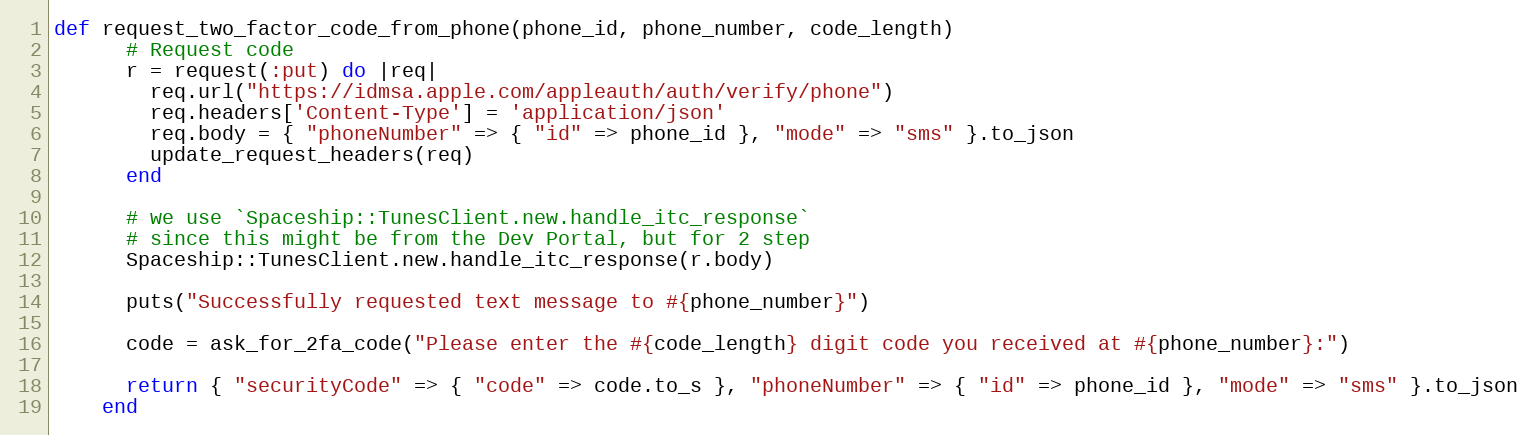
Language: Ruby
def request_two_factor_code_from_phone(phone_id, phone_number, code_length)
      # Request code
      r = request(:put) do |req|
        req.url("https://idmsa.apple.com/appleauth/auth/verify/phone")
        req.headers['Content-Type'] = 'application/json'
        req.body = { "phoneNumber" => { "id" => phone_id }, "mode" => "sms" }.to_json
        update_request_headers(req)
      end

      # we use `Spaceship::TunesClient.new.handle_itc_response`
      # since this might be from the Dev Portal, but for 2 step
      Spaceship::TunesClient.new.handle_itc_response(r.body)

      puts("Successfully requested text message to #{phone_number}")

      code = ask_for_2fa_code("Please enter the #{code_length} digit code you received at #{phone_number}:")

      return { "securityCode" => { "code" => code.to_s }, "phoneNumber" => { "id" => phone_id }, "mode" => "sms" }.to_json
    end